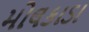
મોલકાડા